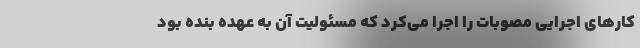
کارهای اجرایی مصوبات را اجرا می‌کرد که مسئولیت آن به عهده بنده بود